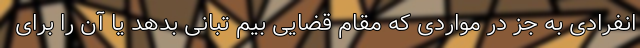
انفرادی به جز در مواردی که مقام قضایی بیم تبانی بدهد یا آن را برای